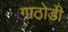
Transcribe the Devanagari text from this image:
गाठोडी